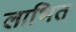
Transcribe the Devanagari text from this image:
लाभित